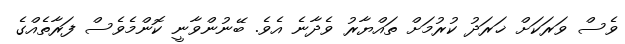
ވެސް ވަރަކަށް ޚަރަދު ކުރުމަށް ތައްޔާރު ވެދާނެ އެވެ. ބޭނުންވާނީ ކޮންމެވެސް ފަރާތެއްގެ